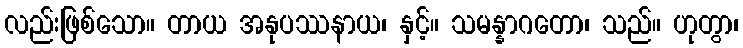
လည်းဖြစ်သော။ တာယ အနုပဿနာယ၊ နှင့်။ သမန္နာဂတော၊ သည်။ ဟုတွာ၊